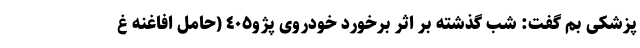
پزشکی بم گفت: شب گذشته بر اثر برخورد خودروی پژو٤٠٥ (حامل افاغنه غ